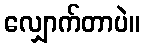
လျှောက်တာပဲ။